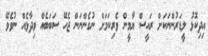
އިދިކޮޅު ލީޑަރުންނަކަށް ރައީސް ޔާމީން ވެރިކަމަށް ނުގެންނަން ޖެހޭ ސަބަބެއް ވިދާޅެއް ނުވެވޭ